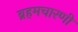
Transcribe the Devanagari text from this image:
ब्रहमचारणी